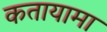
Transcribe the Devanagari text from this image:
कतायामा